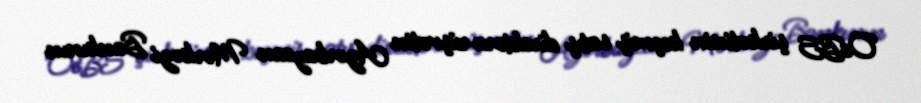
OeBS şirkətinin keçmiş satış direktoru rüşvətin Azərbaycan Mərkəzi Bankının